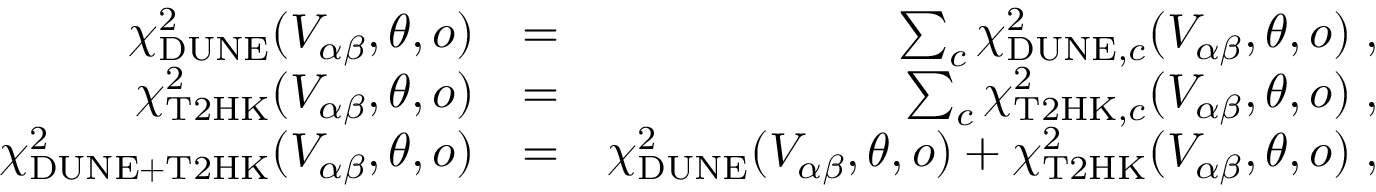
\begin{array} { r l r } { \chi _ { \mathrm { D U N E } } ^ { 2 } ( V _ { \alpha \beta } , \boldsymbol { \theta } , o ) } & { = } & { \sum _ { c } \chi _ { \mathrm { D U N E } , c } ^ { 2 } ( V _ { \alpha \beta } , \boldsymbol { \theta } , o ) \; , } \\ { \chi _ { \mathrm { T 2 H K } } ^ { 2 } ( V _ { \alpha \beta } , \boldsymbol { \theta } , o ) } & { = } & { \sum _ { c } \chi _ { \mathrm { T 2 H K } , c } ^ { 2 } ( V _ { \alpha \beta } , \boldsymbol { \theta } , o ) \; , } \\ { \chi _ { \mathrm { D U N E } + \mathrm { T 2 H K } } ^ { 2 } ( V _ { \alpha \beta } , \boldsymbol { \theta } , o ) } & { = } & { \chi _ { \mathrm { D U N E } } ^ { 2 } ( V _ { \alpha \beta } , \boldsymbol { \theta } , o ) + \chi _ { \mathrm { T 2 H K } } ^ { 2 } ( V _ { \alpha \beta } , \boldsymbol { \theta } , o ) \; , } \end{array}